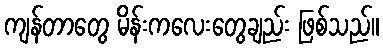
ကျန်တာတွေ မိန်းကလေးတွေချည်း ဖြစ်သည်။